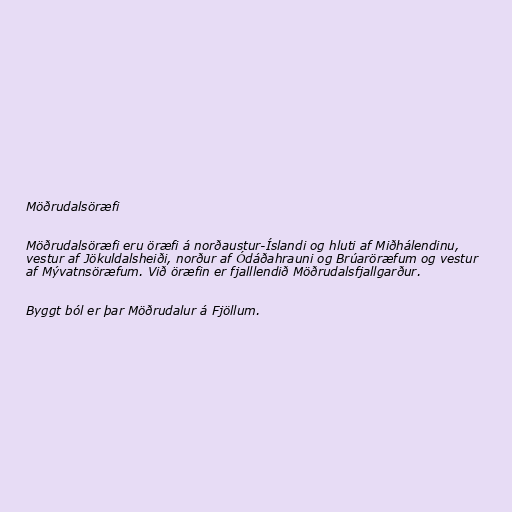
Möðrudalsöræfi

Möðrudalsöræfi eru öræfi á norðaustur-Íslandi og hluti af Miðhálendinu,
vestur af Jökuldalsheiði, norður af Ódáðahrauni og Brúaröræfum og vestur
af Mývatnsöræfum. Við öræfin er fjalllendið Möðrudalsfjallgarður.

Byggt ból er þar Möðrudalur á Fjöllum.